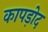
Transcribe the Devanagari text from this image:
कापड़ोद